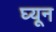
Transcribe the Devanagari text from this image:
घ्यून